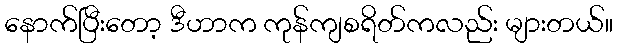
နောက်ပြီးတော့ ဒီဟာက ကုန်ကျစရိတ်ကလည်း များတယ်။